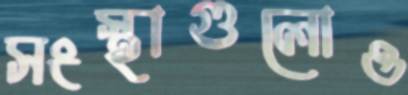
সংস্থাগুলোও